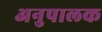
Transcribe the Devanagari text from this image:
अनुपालक